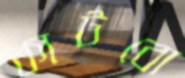
কাটবো